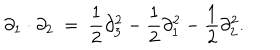
\partial _ { 1 } \cdot \partial _ { 2 } \ = \ \frac { 1 } { 2 } \partial _ { 3 } ^ { 2 } - \frac { 1 } { 2 } \partial _ { 1 } ^ { 2 } - \frac { 1 } { 2 } \partial _ { 2 } ^ { 2 } .